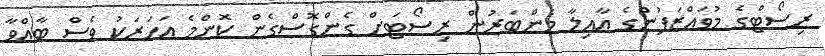
ރިސޯޓްގެ މުވައްޒަފުންގެ އާއިލާ މެންބަރުން ރިސޯޓަށް ގެންގޮސްގެން ކޮންމެ އަހަރަކު ވެސް ބާއްވާ